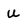
Character: u